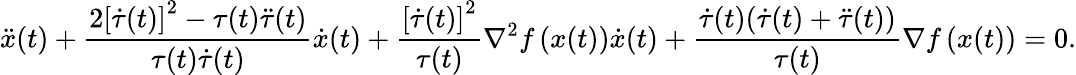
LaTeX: \ddot{x}(t)+\frac{2\left[\dot{\tau}(t)\right]^{2}-\tau(t)\ddot{\tau}(t)}{\tau(t)\dot{\tau}(t)}\dot{x}(t)+\frac{\left[\dot{\tau}(t)\right]^{2}}{\tau(t)}\nabla^{2}f\left(x(t)\right)\dot{x}(t)+\frac{\dot{\tau}(t)(\dot{\tau}(t)+\ddot{\tau}(t))}{\tau(t)}\nabla f\left(x(t)\right)=0.